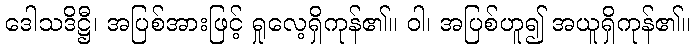
ဒေါသဒိဋ္ဌီ၊ အပြစ်အားဖြင့် ရှုလေ့ရှိကုန်၏။ ဝါ၊ အပြစ်ဟူ၍ အယူရှိကုန်၏။